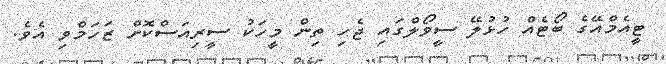
ޓީއެމްއޭގެ ބޯޓެއް ހުޅުލޭ ސީވޯލްގައި ޖެހި ތިން މީހަކު ސީރިއަސްކޮށް ޒަހަމްވި އެވެ.